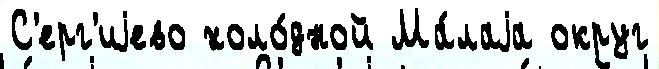
С'ерг'иjево холо́дной Ма́лаjа округ